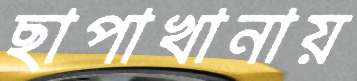
ছাপাখানায়